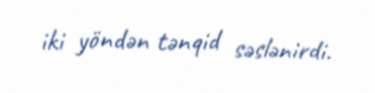
iki yöndən tənqid səslənirdi.